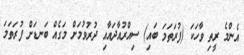
އެންމެ ރީތި ވާހަކަ (ފުރަތަމަ ބައި) ސިއްރުއާދައާއި ދުރުވުމަށް މަގެއް ބަނޑަށް ފުރަތަމަ